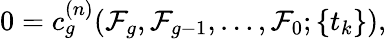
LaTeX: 0=c_{g}^{(n)}({\cal F}_{g},{\cal F}_{g-1},\ldots,{\cal F}_{0};\{ t_{k}\} ),